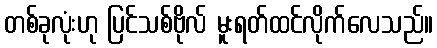
တစ်ခုလုံးဟု ပြင်သစ်ဗိုလ် မူးရတ်ထင်လိုက်လေသည်။